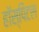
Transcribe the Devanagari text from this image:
हॉस्पिटल